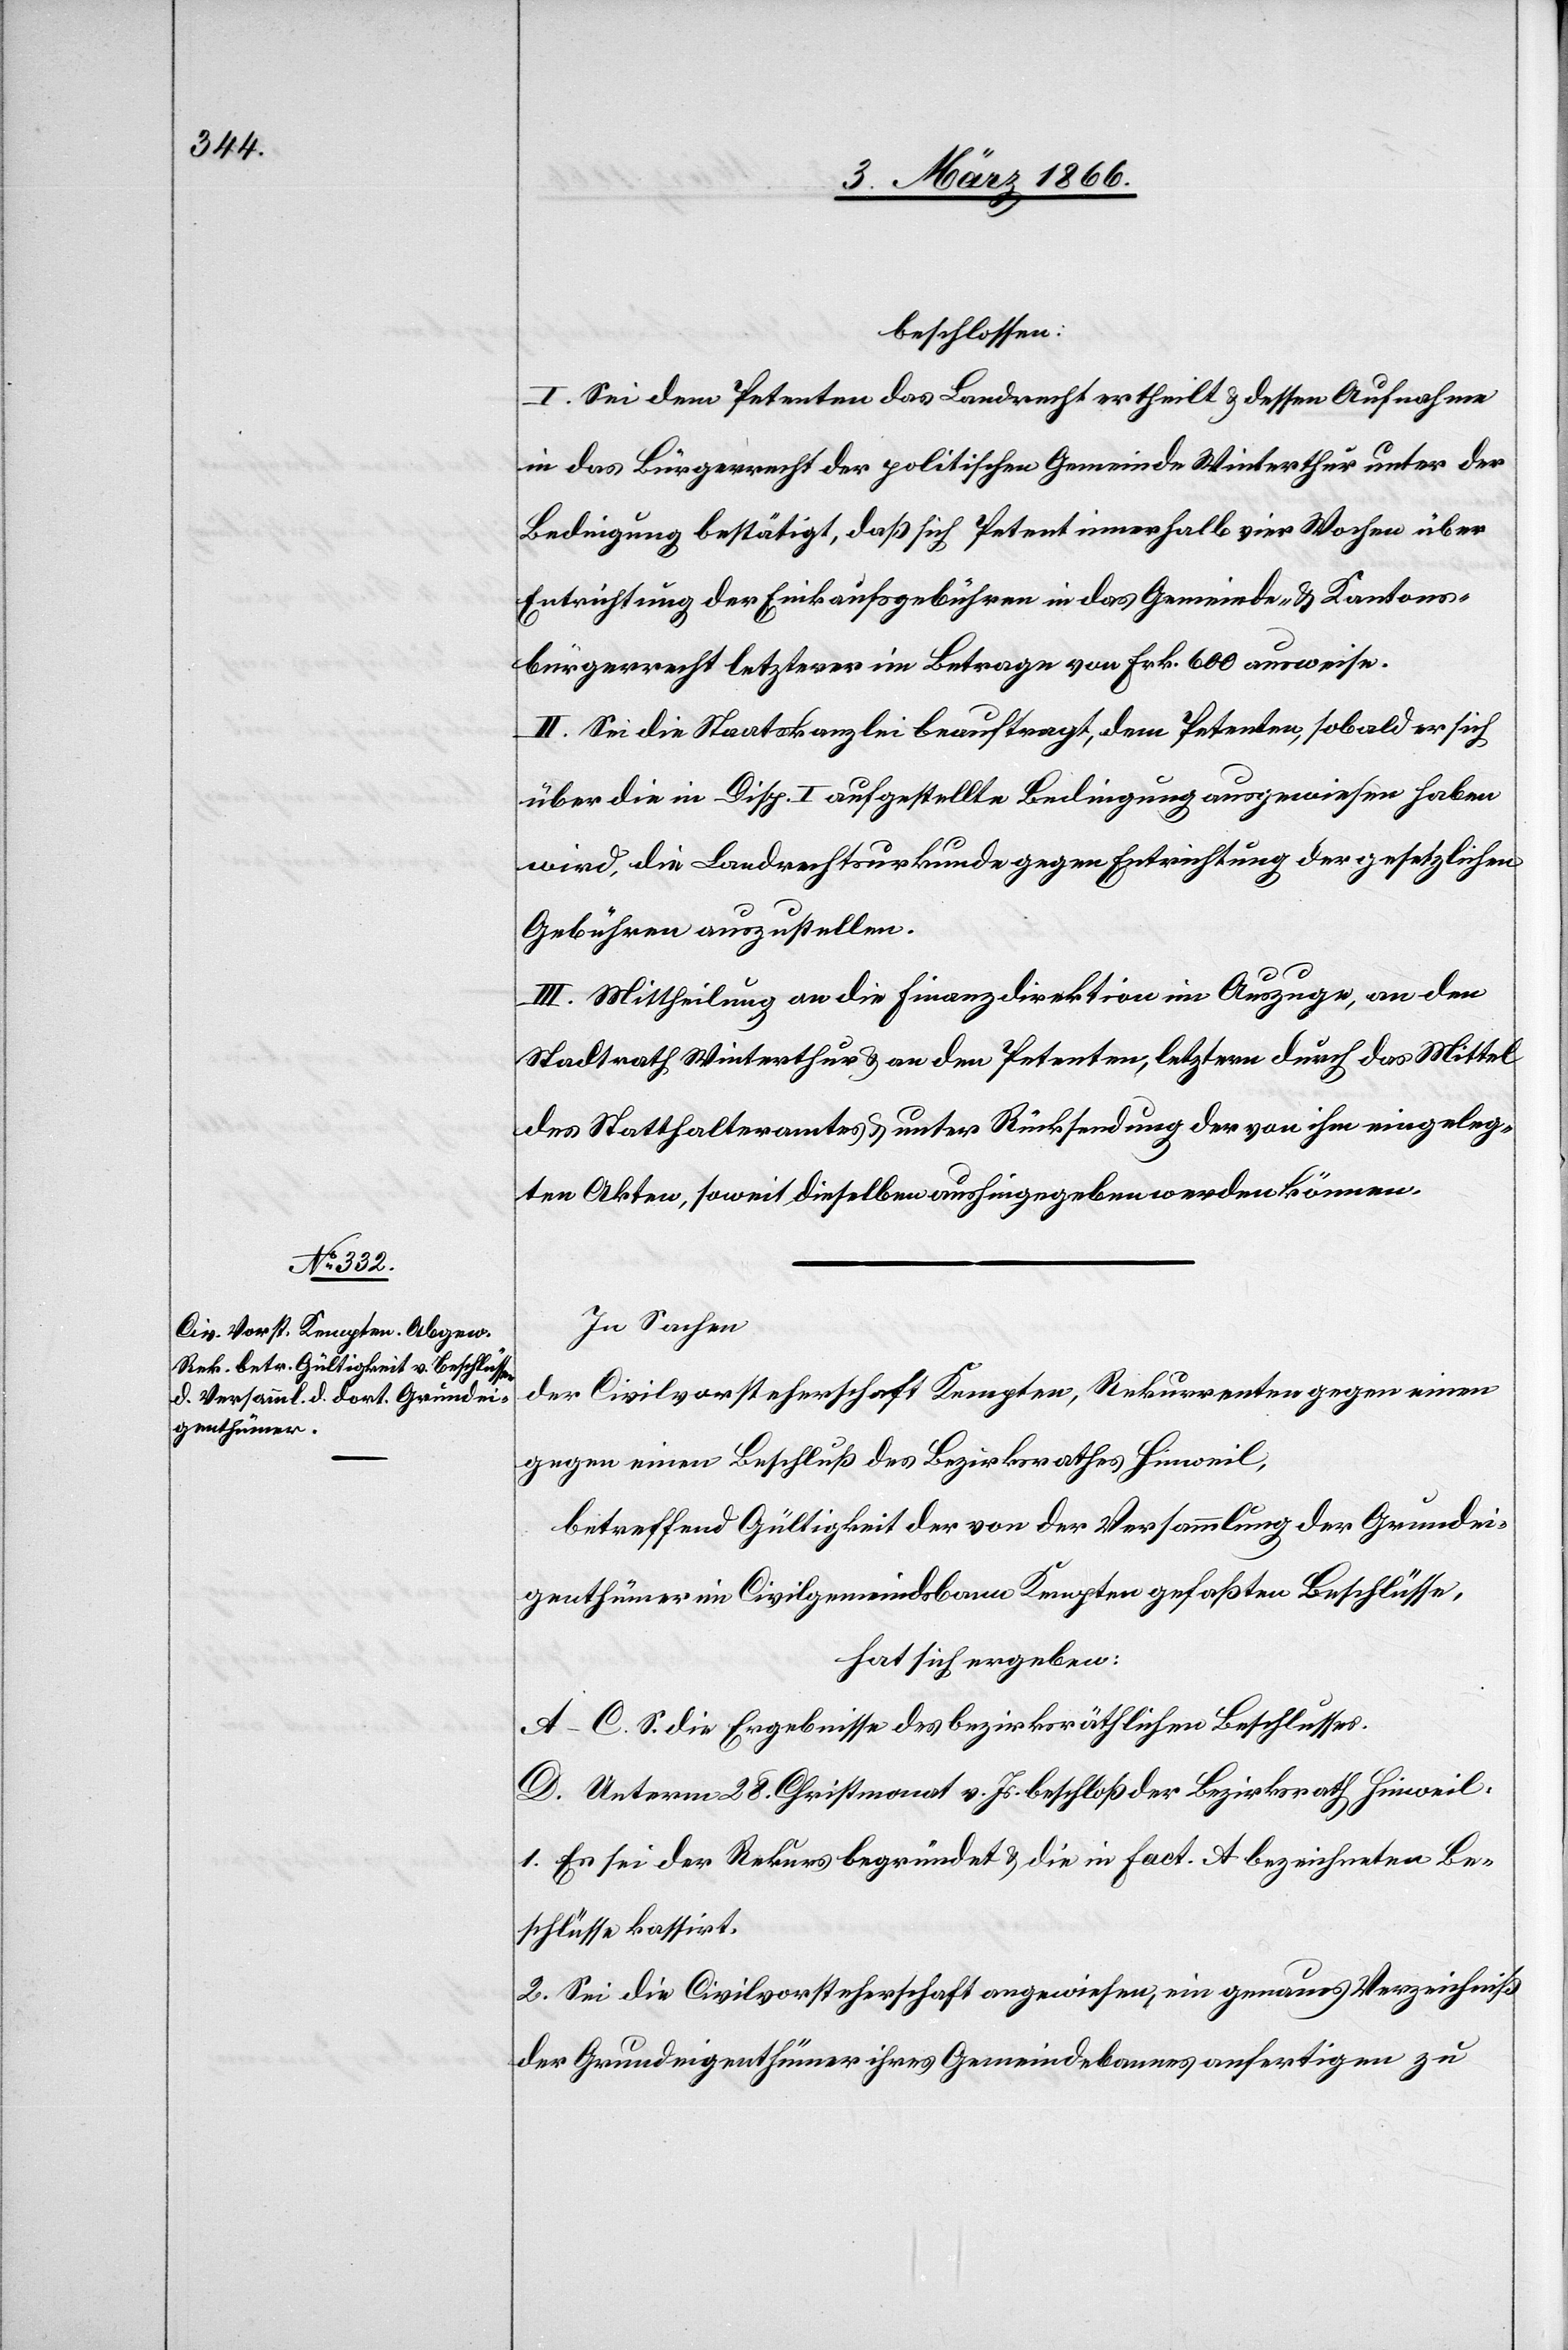
beschlossen:
I. Sei dem Petenten das Landrecht ertheilt u. dessen Aufnahme
in das Bürgerrecht der politischen Gemeinde Winterthur unter der
Bedingung bestätigt, daß sich Petent innerhalb vier Wochen über
Entrichtung der Einkaufsgebühren in das Gemeinde- u. Kantons¬
bürgerrecht letzterer im Betrag von Frk. 600 ausweise.
II. Sei die Staatskanzlei beauftragt, dem Petenten, sobald er sich
über die in Disp. I aufgestellte Bedingung ausgewiesen haben
wird, die Landrechtsurkunde gegen Entrichtung der gesetzlichen
Gebühren auszustellen.
III. Mittheilung an die Finanzdirektion im Auszuge, an den
Stadtrath Winterthur u. an den Petenten, letztern durch das Mittel
des Statthalteramtes u. unter Rücksendung der von ihm eingeleg¬
ten Akten, soweit dieselben aushingegeben werden können.
In Sachen
der Civilvorsteherschaft Kempten, Rekurrenten gegen einen
betreffend Gültigkeit der von der Versammlung der Grundei¬
genthümer im Civilgemeindsbann Kempten gefaßten Beschlüsse,
hat sich ergeben:
A–C. S. die Ergebnisse des bezirksräthlichen Beschlusses.
D. Unterm 28. Christmonat v. Js. beschloß der Bezirksrath Hinweil,
1. Es sei der Rekurs begründet u. die in Fact. A bezeichneten Be¬
schlüsse kassirt.
2. Sei die Civilvorsteherschaft angewiesen ein genaues Verzeichniß
der Grundeigenthümer ihres Gemeindsbannes anfertigen zu